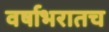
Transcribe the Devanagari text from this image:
वर्षाभरातच